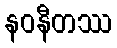
နဝနီတဿ